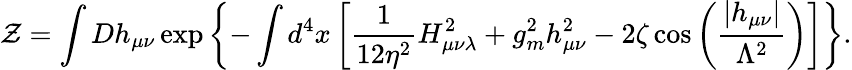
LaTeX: {\cal Z}=\int Dh_{\mu\nu}\exp\left\{ -\int d^{4}x\left[\frac{1}{12\eta^{2}}H_{\mu\nu\lambda}^{2}+g_{m}^{2}h_{\mu\nu}^{2}-2\zeta\cos\left(\frac{\left|h_{\mu\nu}\right|}{\Lambda^{2}}\right)\right]\right\} .